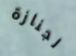
لجنازة